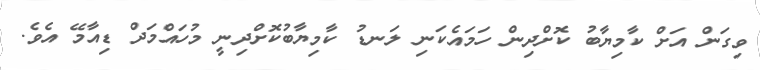
ވިގަން އަށް ކާމިޔާބު ކޮށްދިން ހަމައެކަނި ލަނޑު ކާމިޔާބުކޮށްދިނީ މުހައްމަދް ޑިއާމޭ އެވެ.